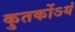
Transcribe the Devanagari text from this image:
कुतर्कोऽयं